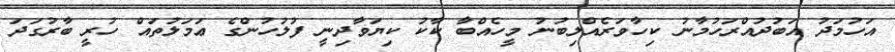
އަހުމަދު އަބުދުއްރަހުމާނު ކިހާވަރެއްލިބުނު މީހެއްބާ ކާކު ކިޔަވާދިނީ ފުލުހުންގެ ޢަމަލުތައް ހުރީ ބާރުގަދަ